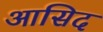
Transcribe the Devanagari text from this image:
आसिद